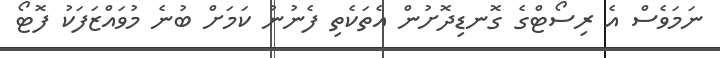
ނަމަވެސް އެ ރިސޯޓްގެ ގޮނޑިދޮށުން އެތަކެތި ފެނުނު ކަމަށް ބުނެ މުވައްޒަފަކު ފޮޓޯ